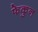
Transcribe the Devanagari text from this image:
फेकुन